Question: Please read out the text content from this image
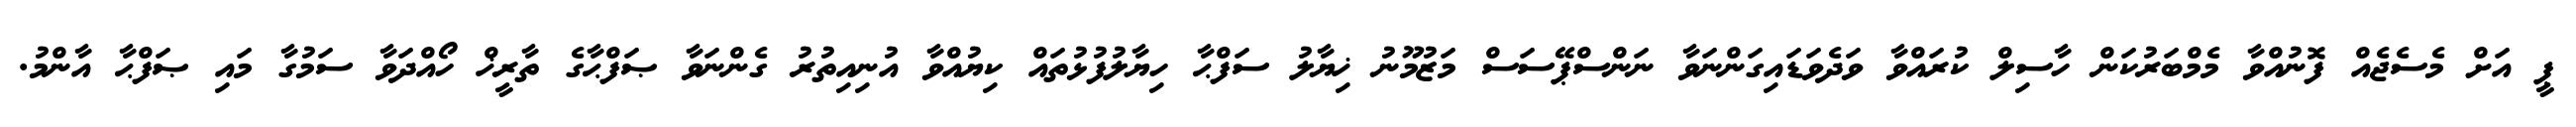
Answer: ޕީ އަށް މެސެޖެއް ފޮނުއްވާ މެމްބަރުކަން ހާސިލް ކުރައްވާ ވަދެވަޑައިގަންނަވާ ނަންސްޕޭސަސް މަޒުމޫނު ޚިޔާލު ސަފްޙާ ހިޔާލުފުޅުތައް ކިޔުއްވާ އުނިއިތުރު ގެންނަވާ ޞަފްޙާގެ ތާރީޚް ހޯއްދަވާ ސަމުގާ މައި ޞަފްޙާ އާންމު.